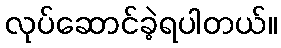
လုပ်ဆောင်ခဲ့ရပါတယ်။